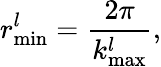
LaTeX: r_{\mathrm{min}}^{l}=\frac{2\pi}{k_{\mathrm{max}}^{l}},